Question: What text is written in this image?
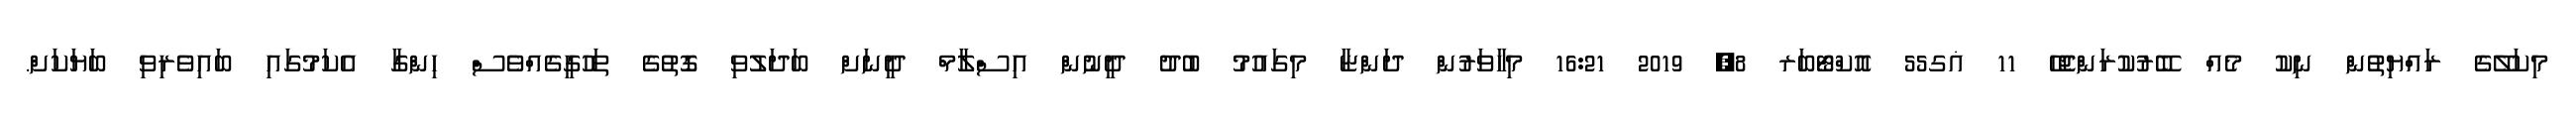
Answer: މިކަލޭގެ ރައްޔިތުން ނިކު މެއް ބޭރުކުރަންޖެހޭ 11 ޣގ55 އޮކްޓޯބަރ 8, 2019 16:21 މިހާވަރުން ދަންޏާ މިގައުމު ބުދު ދީނުން އިސްލާމް ދީނަށް ބަދަލުވި ގޮތުގެ ތަހުގީގެއްވެސް ހިންގާ އެކަމުގައި ބައިވެރިވި ބަޔަކަށް.